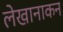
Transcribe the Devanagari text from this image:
लेखानाकन